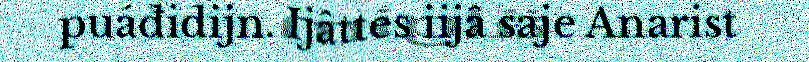
puáđidijn. Ijâttes iijâ saje Anarist